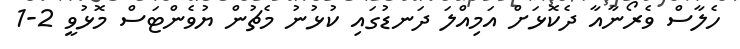
ހެލާސް ވެރޯނާއާ ދެކޮޅަށް އަމިއްލަ ދަނޑުގައި ކުޅުނު މެޗުން ޔުވެންޓަސް މޮޅުވީ 2-1